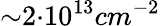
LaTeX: {\sim}2{\cdot}10^{13}cm^{-2}